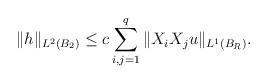
LaTeX: \begin{align*}\Vert h\Vert_{L^{2}(B_{2})}\leq c\sum_{i,j=1}^{q}\Vert X_{i}X_{j}u\Vert_{L^{1}(B_{R})}. \end{align*}